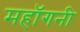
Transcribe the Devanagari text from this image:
महाॅगनी